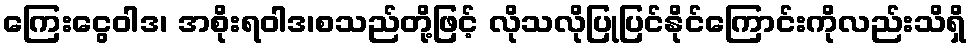
ကြေးငွေဝါဒ၊ အစိုးရဝါဒ၊စသည်တို့ဖြင့် လိုသလိုပြုပြင်နိုင်ကြောင်းကိုလည်းသိရှိ